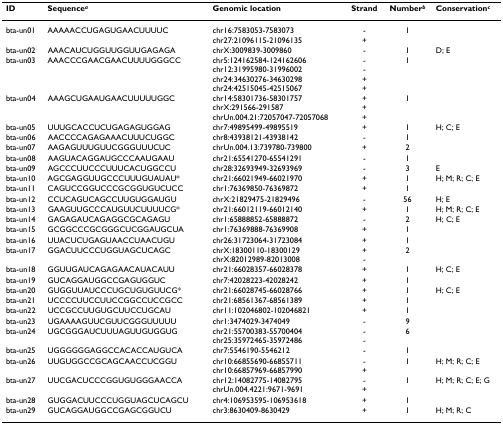
<table><thead><tr><td><b>ID</b></td><td><b>Sequence<sup><i>a</i></sup></b></td><td><b>Genomic location</b></td><td><b>Strand</b></td><td><b>Number<sup><i>b</i></sup></b></td><td><b>Conservation<sup><i>c</i></sup></b></td></tr></thead><tbody><tr><td>bta-un01</td><td>AAAAACCUGAGUGAACUUUUC</td><td>chr16:7583053-7583073chr27:21096115-21096135</td><td>-+</td><td>1</td><td></td></tr><tr><td>bta-un02</td><td>AAACAUCUGGUUGGUUGAGAGA</td><td>chrX:3009839-3009860</td><td>-</td><td>1</td><td>D; E</td></tr><tr><td>bta-un03</td><td>AAACCCGAACGAACUUUUGGGCC</td><td>chr5:124162584-124162606chr12:31995980-31996002chr24:34630276-34630298chr24:42515045-42515067</td><td>--++</td><td>1</td><td></td></tr><tr><td>bta-un04</td><td>AAAGCUGAAUGAACUUUUUGGC</td><td>chr14:58301736-58301757chrX:291566-291587chrUn.004.21:72057047-72057068</td><td>+++</td><td>1</td><td></td></tr><tr><td>bta-un05</td><td>UUUGCACCUCUGAGAGUGGAG</td><td>chr7:49895499-49895519</td><td>+</td><td>1</td><td>H; C; E</td></tr><tr><td>bta-un06</td><td>AACCCCAGAGAAACUUUCUGGC</td><td>chr8:43938121-43938142</td><td>-</td><td>1</td><td></td></tr><tr><td>bta-un07</td><td>AAGAGUUUGUUCGGGUUUCUC</td><td>chrUn.004.13:739780-739800</td><td>+</td><td>2</td><td></td></tr><tr><td>bta-un08</td><td>AAGUACAGGAUGCCCAAUGAAU</td><td>chr21:65541270-65541291</td><td>-</td><td>1</td><td></td></tr><tr><td>bta-un09</td><td>AGCCCUUCCCUUUCACUGGCCU</td><td>chr28:32693949-32693969</td><td>-</td><td>3</td><td>E</td></tr><tr><td>bta-un10</td><td>AGCGAGGUUGCCCUUUGUAUAU*</td><td>chr21:66021949-66021970</td><td>+</td><td>1</td><td>H; M; R; C; E</td></tr><tr><td>bta-un11</td><td>CAGUCCGGUCCCGCGGUGUCUCC</td><td>chr1:76369850-76369872</td><td>+</td><td>1</td><td></td></tr><tr><td>bta-un12</td><td>CCUCAGUCAGCCUUGUGGAUGU</td><td>chrX:21829475-21829496</td><td>-</td><td>56</td><td>H; E</td></tr><tr><td>bta-un13</td><td>GAAGUUGCCCAUGUUCUUUUCG*</td><td>chr21:66012119-66012140</td><td>+</td><td>1</td><td>H; M; R; C; E</td></tr><tr><td>bta-un14</td><td>GAGAGAUCAGAGGCGCAGAGU</td><td>chr1:65888852-65888872</td><td>-</td><td>2</td><td>H; C; E</td></tr><tr><td>bta-un15</td><td>GCGGCCCGCGGGCUCGGAUGCUA</td><td>chr1:76369888-76369908</td><td>+</td><td>1</td><td></td></tr><tr><td>bta-un16</td><td>UUACUCUGAGUAACCUAACUGU</td><td>chr26:31723064-31723084</td><td>+</td><td>1</td><td></td></tr><tr><td>bta-un17</td><td>GGACUUCCCUGGUAGCUCAGC</td><td>chrX:18300110-18300129chrX:82012989-82013008</td><td>+-</td><td>2</td><td></td></tr><tr><td>bta-un18</td><td>GGUUGAUCAGAGAACAUACAUU</td><td>chr21:66028357-66028378</td><td>+</td><td>1</td><td>H; C; E</td></tr><tr><td>bta-un19</td><td>GUCAGGAUGGCCGAGUGGUC</td><td>chr7:42028223-42028242</td><td>+</td><td>1</td><td></td></tr><tr><td>bta-un20</td><td>GUGGUUAUCCCUGCUGUGUUCG*</td><td>chr21:66028745-66028766</td><td>+</td><td>1</td><td>H; C; E</td></tr><tr><td>bta-un21</td><td>UCCCCUUCCUUCCGGCCUCCGCC</td><td>chr21:68561367-68561389</td><td>+</td><td>1</td><td></td></tr><tr><td>bta-un22</td><td>UCCGCCUUGUGCUUCCUGCAU</td><td>chr11:102046802-102046821</td><td>+</td><td>1</td><td></td></tr><tr><td>bta-un23</td><td>UGAAAAGUUCGUUCGGGUUUUU</td><td>chr1:3474029-3474049</td><td>-</td><td>9</td><td></td></tr><tr><td>bta-un24</td><td>UGCGGGAUCUUUAGUUGUGGUG</td><td>chr21:55700383-55700404chr25:35972465-35972486</td><td>--</td><td>6</td><td></td></tr><tr><td>bta-un25</td><td>UGGGGGGAGGCCACACCAUGUCA</td><td>chr7:5546190-5546212</td><td>-</td><td>1</td><td></td></tr><tr><td>bta-un26</td><td>UUGUGGCCGCAGCAACCUCGGU</td><td>chr10:66855690-66855711chr10:66857969-66857990</td><td>-+</td><td>1</td><td>H; M; R; C; E</td></tr><tr><td>bta-un27</td><td>UUCGACUCCCGGUGUGGGAACCA</td><td>chr12:14082775-14082795chrUn.004.4221:9671-9691</td><td>-+</td><td>1</td><td>H; M; R; C; E; G</td></tr><tr><td>bta-un28</td><td>GUGGACUUCCCUGGUAGCUCAGCU</td><td>chr4:106953595-106953618</td><td>+</td><td>1</td><td></td></tr><tr><td>bta-un29</td><td>GUCAGGAUGGCCGAGCGGUCU</td><td>chr3:8630409-8630429</td><td>+</td><td>1</td><td>H; M; R; C</td></tr></tbody></table>